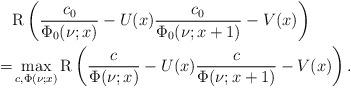
LaTeX: \begin{align*}&\mathrm{R}\left(\frac{c_0}{\Phi_0(\nu;x)}-U(x)\frac{c_0}{\Phi_0(\nu;x+1)}-V(x)\right)\\=&\max_{c, \Phi(\nu;x)}\mathrm{R}\left(\frac{c}{\Phi(\nu;x)}-U(x)\frac{c}{\Phi(\nu;x+1)}-V(x)\right).\end{align*}